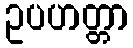
ဥပဟတ္တာ